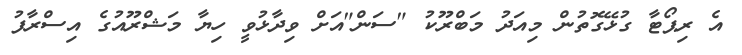
އެ ރިޕޯޓާ ގުޅޭގޮތުން މިއަދު މަބްރޫކު "ސަން"އަށް ވިދާޅުވީ ހިޔާ މަޝްރޫއުގެ އިސްރާފު